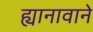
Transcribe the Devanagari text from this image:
ह्यानावाने